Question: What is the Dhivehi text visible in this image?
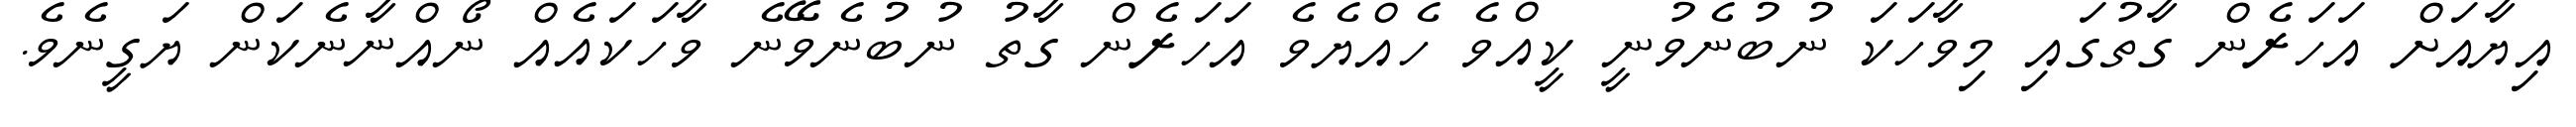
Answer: އިޔާއަށް އަހަރެން ގާތުގައި މިވާހަކަ ނުބުނެވުނީ ކީއްވެ ހެއްޔެވެ އަހަރެން ގާތު ނުބުނެވޭނެ ވާހަކައެއް ނޯއްނާނެކަން ޔަގީނެވެ.